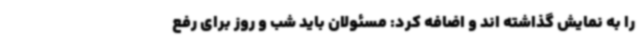
را به نمایش گذاشته اند و اضافه کرد: مسئولان باید شب و روز برای رفع